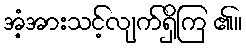
အံ့အားသင့်လျက်ရှိကြ ၏။